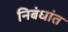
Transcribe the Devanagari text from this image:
निबंधांत